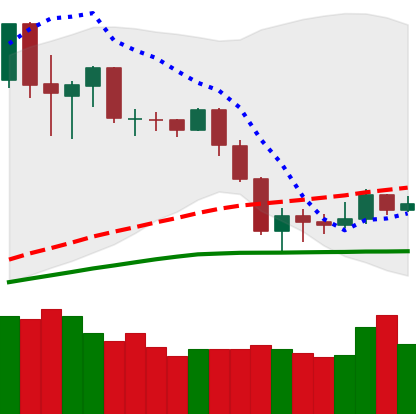
Ticker: NEO-USD
Chart end date: 2020-03-04
Forward return: -15.971%
Label: down_7plus